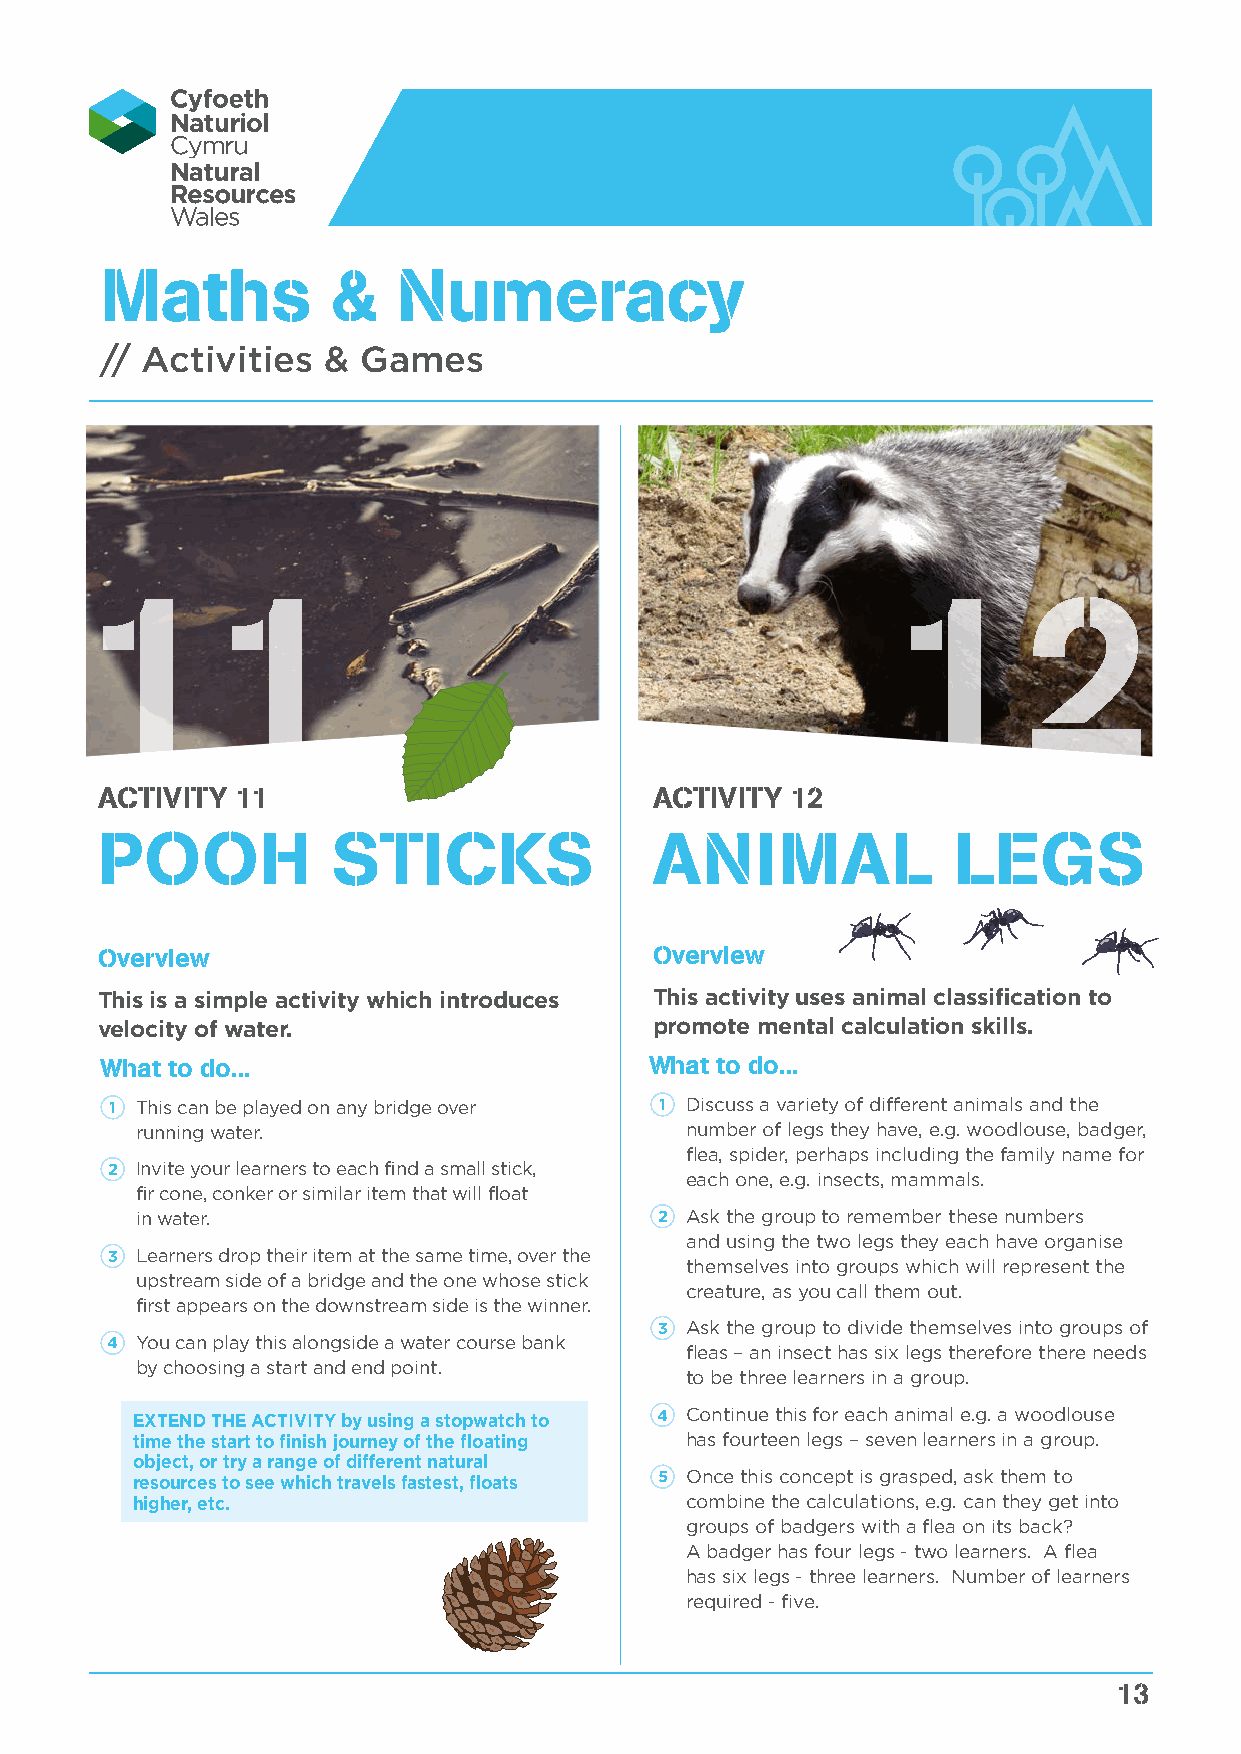
Maths          &   Numeracy
 // Activities &  Games
 11                                                   12
 ACTIVITY  11                         ACTIVITY 12
 POOH            STICKS               ANIMAL              LEGS
 Overview                             Overview
 This is a simple activity which introduces This activity uses animal classification to
 velocity of water.                   promote mental calculation skills.
 What to do...                       What to do...
 1 This can be played on any bridge over 1 Discuss a variety of different animals and the
 running water.                      number of legs they have, e.g. woodlouse, badger,
 flea, spider, perhaps including the family name for
 2 Invite your learners to each find a small stick,
 each one, e.g. insects, mammals.
 fir cone, conker or similar item that will float
 in water.                          2 Ask the group to remember these numbers
 and using the two legs they each have organise
 3 Learners drop their item at the same time, over the
 themselves into groups which will represent the
 upstream side of a bridge and the one whose stick
 creature, as you call them out.
 first appears on the downstream side is the winner.
 3 Ask the group to divide themselves into groups of
 4 You can play this alongside a water course bank
 fleas – an insect has six legs therefore there needs
 by choosing a start and end point.
 to be three learners in a group.
 EXTEND THE ACTIVITY by using a stopwatch to 4 Continue this for each animal e.g. a woodlouse
 time the start to finish journey of the floating has fourteen legs – seven learners in a group.
 object, or try a range of different natural
 resources to see which travels fastest, floats 5 Once this concept is grasped, ask them to
 higher, etc.                        combine the calculations, e.g. can they get into
 groups of badgers with a flea on its back?
 A badger has four legs - two learners. A flea
 has six legs - three learners. Number of learners
 required - five.
 13